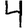
Digit: 4